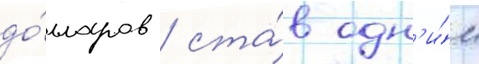
до́лларов / ста́в одн'и́м